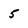
Character: 5